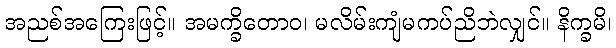
အညစ်အကြေးဖြင့်။ အမက္ခိတောဝ၊ မလိမ်းကျံမကပ်ညိဘဲလျှင်။ နိက္ခမိ၊